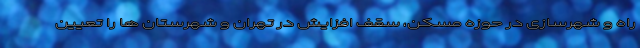
راه و شهرسازی در حوزه مسکن، سقف افزایش در تهران و شهرستان ها را تعیین